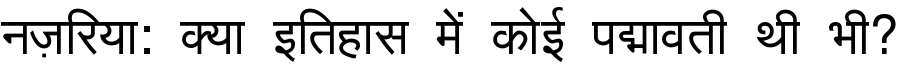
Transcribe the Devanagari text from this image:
नज़रिया: क्या इतिहास में कोई पद्मावती थी भी?